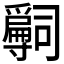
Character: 𡭒